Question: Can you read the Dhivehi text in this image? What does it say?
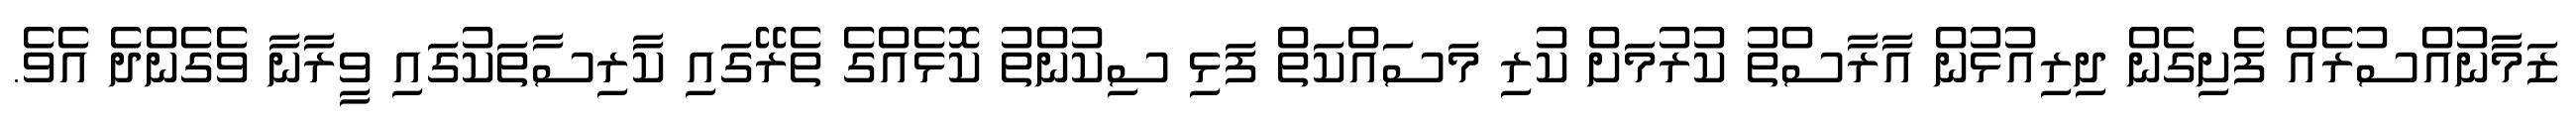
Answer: ޒަމާނުއްސުރެއް ފެށިގެން ދިރިއުޅުން އާރާސްތު ކުރުމަށް ކުރި މަސައްކަތް ފަޅި ސިކުންތު ކޮޅެއްގެ ތެރޭގައި ކާރިސާތަކުގައި ވީރާނާ ވެގެންދެ އެވެ.